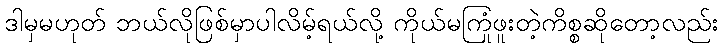
ဒါမှမဟုတ် ဘယ်လိုဖြစ်မှာပါလိမ့်ရယ်လို့ ကိုယ်မကြုံဖူးတဲ့ကိစ္စဆိုတော့လည်း